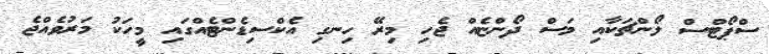
ސްޕޯޓްސް ލޯންޗަކާއި މަސް ދޯންޏެއް ޖެހި މިރޭ ހިނގި އެކްސިޑެންޓެއްގައި މީހަކު މަރުވެއްޖެ